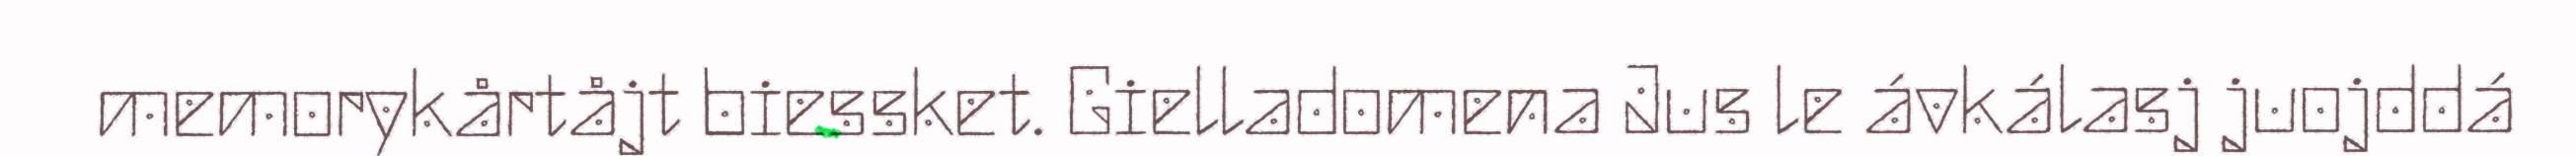
memorykårtåjt biessket. Gielladomena Jus le ávkálasj juojddá